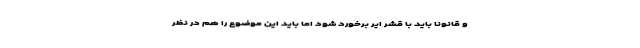
و قانونا باید با قشر ایر برخورد شود اما باید این موضوع را هم در نظر